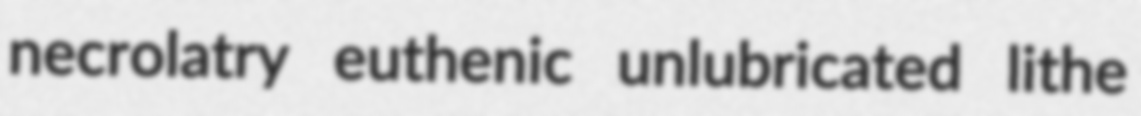
necrolatry euthenic unlubricated lithe